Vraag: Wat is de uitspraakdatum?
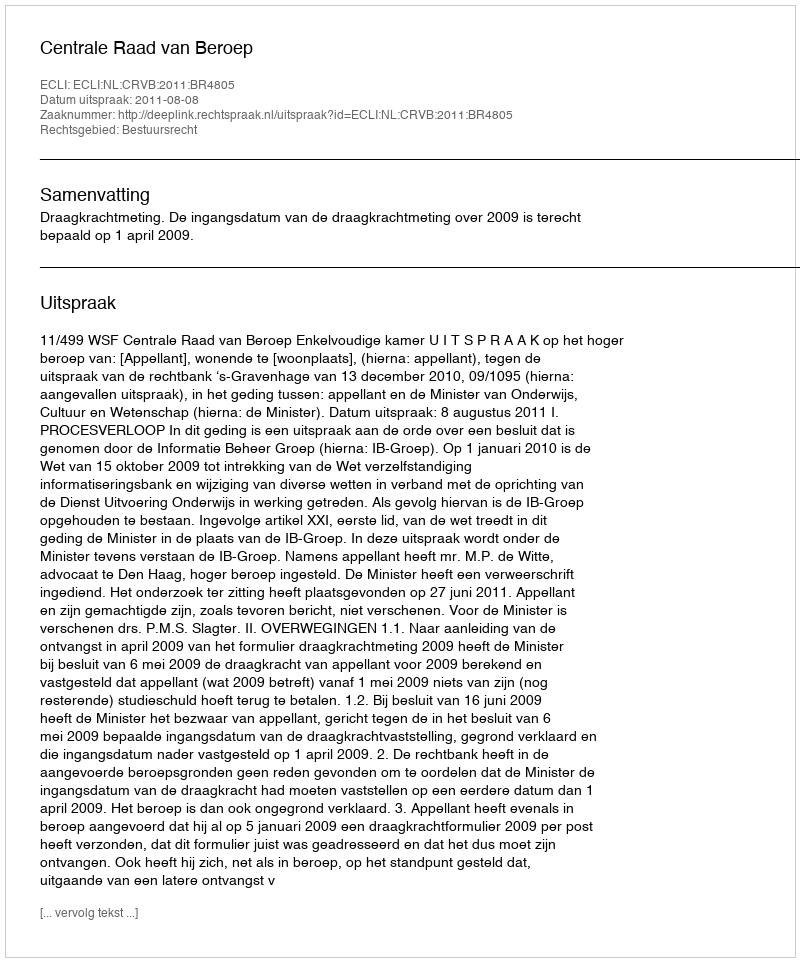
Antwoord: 2011-08-08